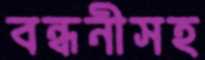
বন্ধনীসহ